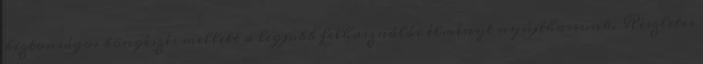
biztonságos böngészés mellett a legjobb felhasználói élményt nyújthassunk. Részletes